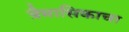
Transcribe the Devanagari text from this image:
त्रैमासिकाचा